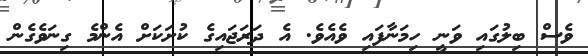
ވެސް ބިލުގައި ވަނީ ހިމަނާފައި ވެއެވެ. އެ ދަރަޖައިގެ ކުށަކަށް އެންމެ ގިނަވެގެން